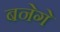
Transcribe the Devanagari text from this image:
बनेगे